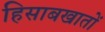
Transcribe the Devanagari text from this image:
हिसाबखातों